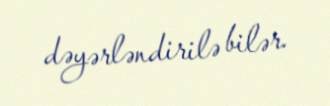
dəyərləndirilə bilər.